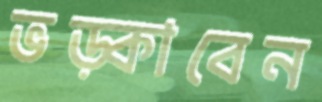
ভড়্‌কাবেন